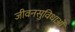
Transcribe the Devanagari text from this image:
जीवनसुविधाओं